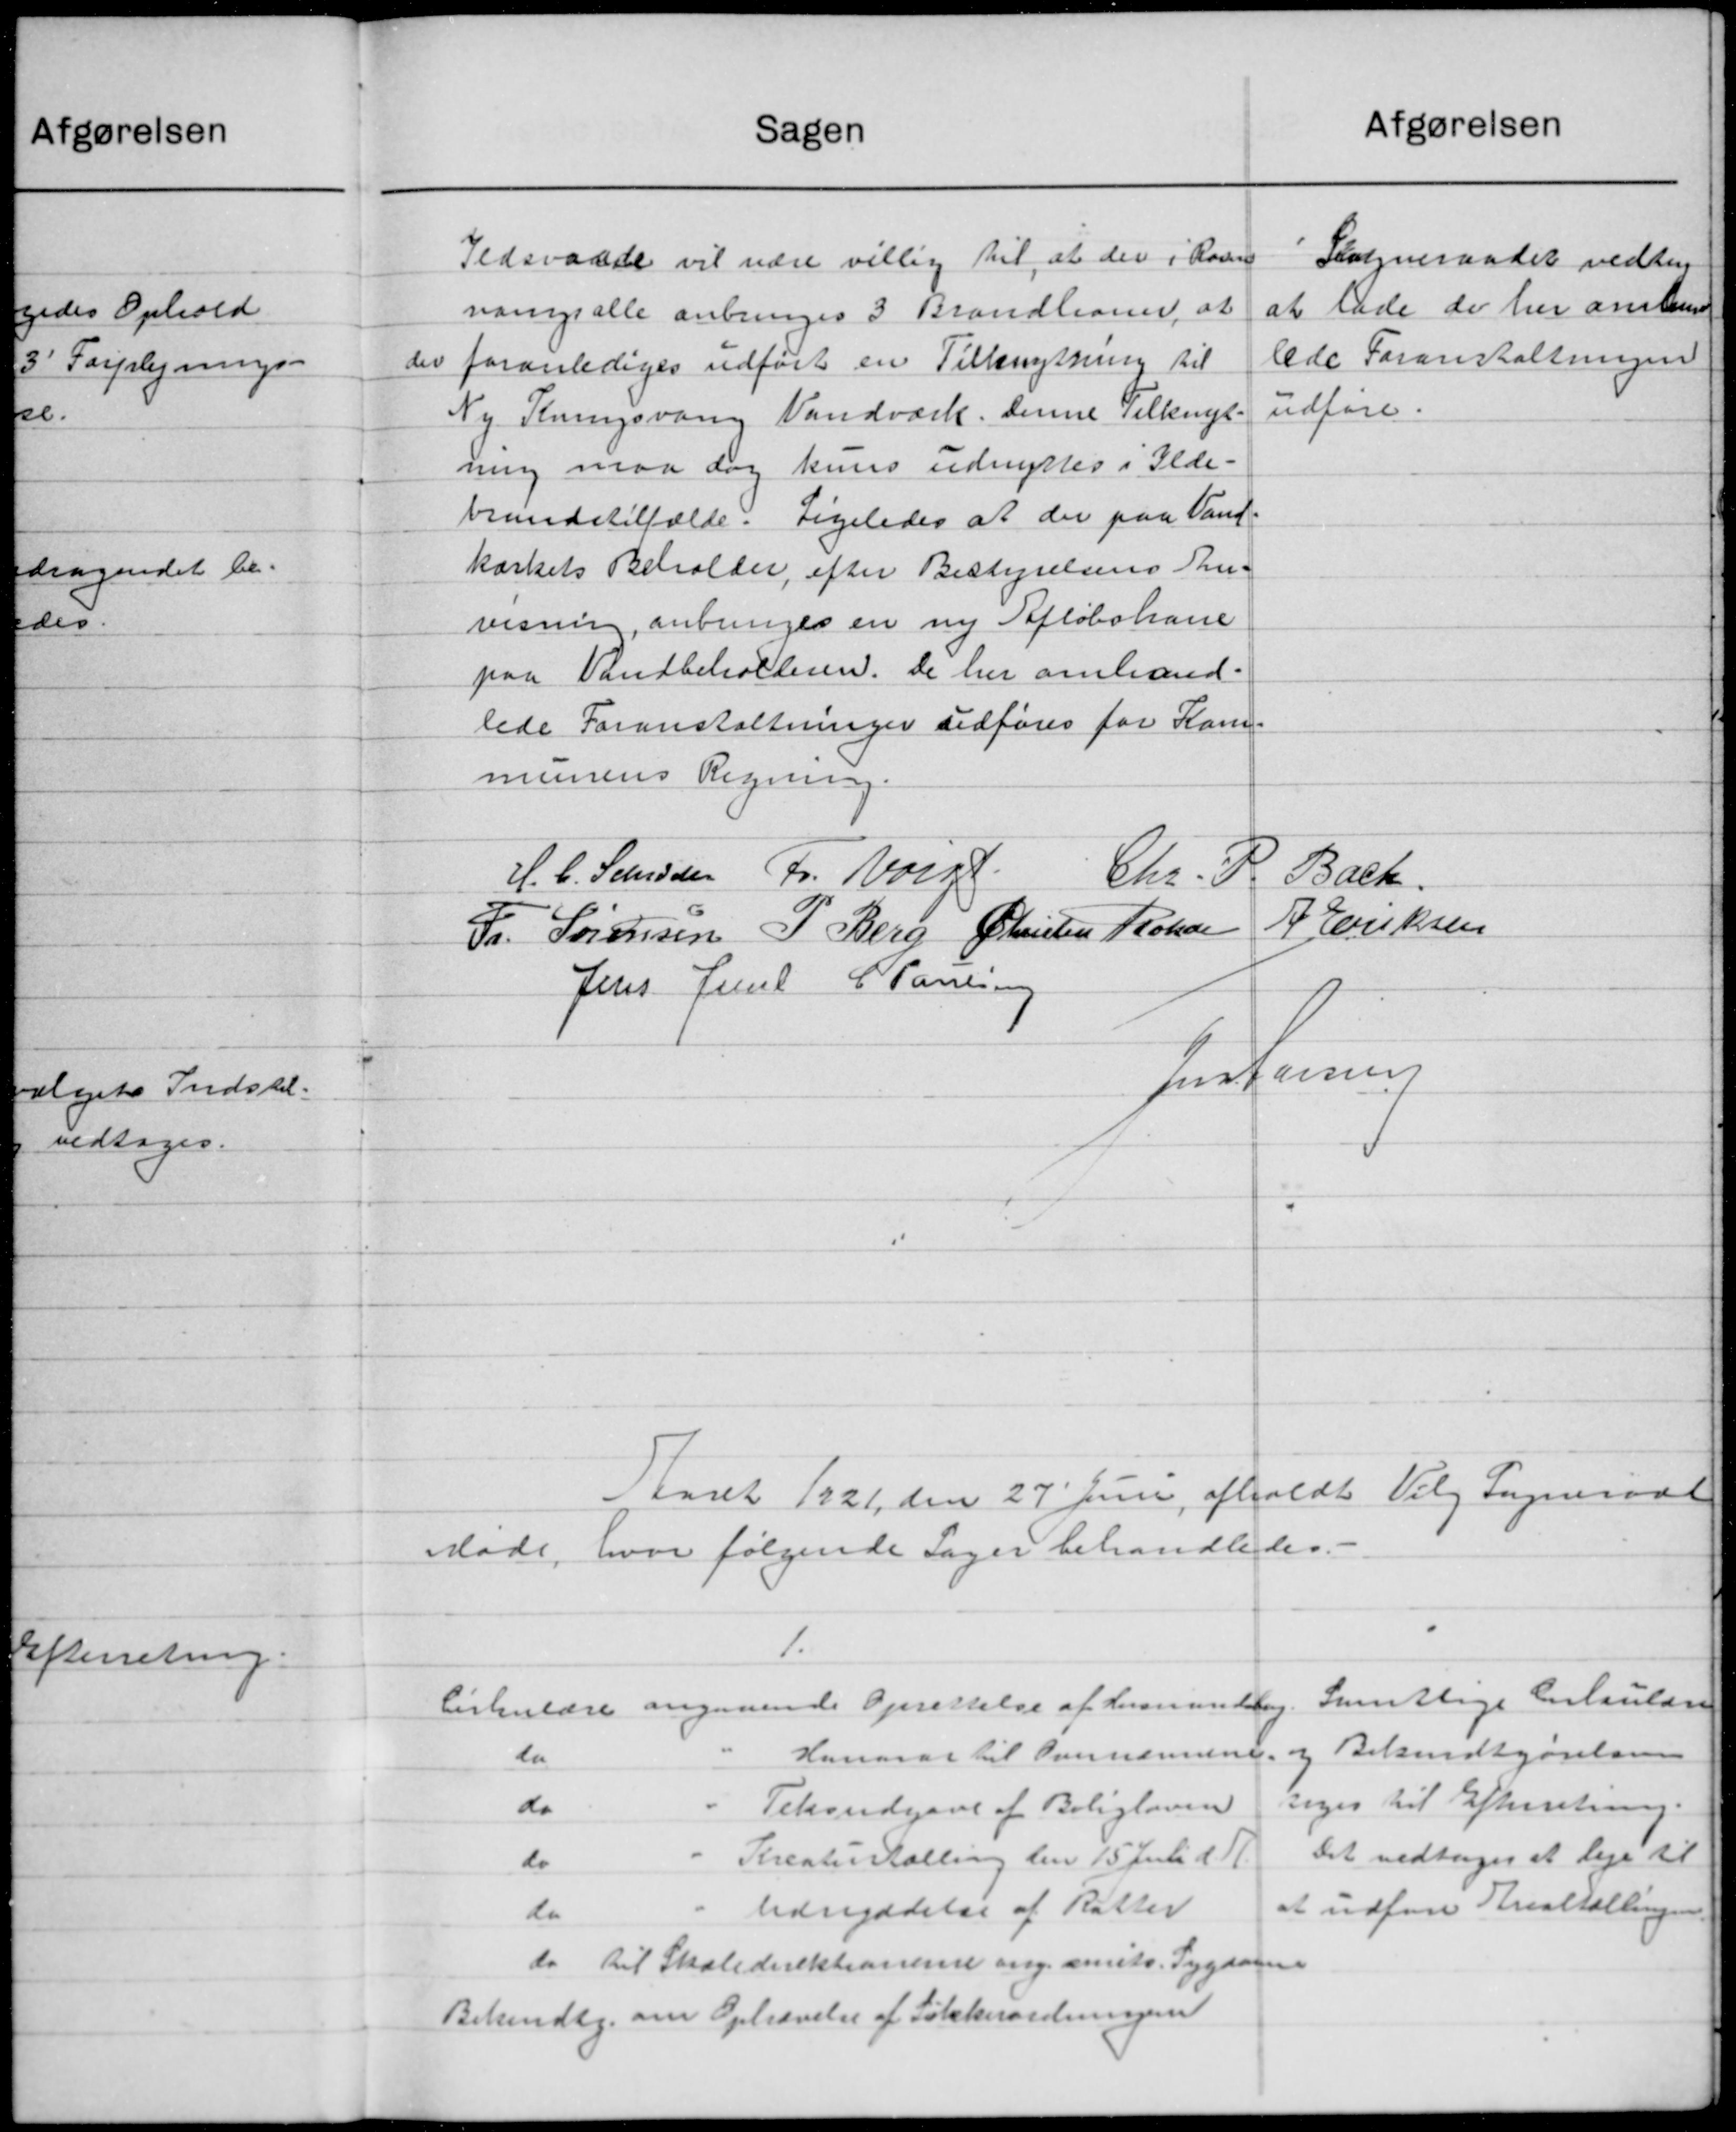
Transskription:
afgørelsen
Sagen
Tedsraade vil være villig til, at der i Rosen
Sogneraadet vedtog
at lade de her ansken
vangs alle anbringes 3 Brandtioner at
lede Foranstaltningen
foranlediges udført en Tilknytning til
udføre.
Ny Rningsvang Vandværk. denne Tilkugt.
ning maa dog kuns udnyttes i Ilde-
brandstilfælde. Ligeledes at der paa Vand-
kærkets Beholder, efter Bestyrelsens An-
visning anbringes en ny Afløbshane
paa Vandbeholderen. De her omhand-
lede Foranstaltninger udføres for Kom-
munens Regning.
H. C. Svendsen Fr. Norg
Bach.
Chr. S
J Eriksen
Fr. Sørensen P. Berg Christen Rohde
Jens Juul C. Poulsen
Jens Larsen
Aaret 1921 den 27' Juni afholdt Valg Sogneraad
Møde, hvor følgende Sager behandledes.
1.
Sventlige Cirkulære
Cirkulære angaaende Oprettelse af Formandelig.
og Bekendtgørelsen
Hanorar til Overnævning.
do
toges til Efterretning.
do
Tekrudgave af Boligloven
Det vedtoges at leje til
Kreaturtælling den 15 Juli d. A.
do
at udføre Arealtællingen
Udryddelse af Ratter
do
do til Skoledirektionerne ang. amits Sygdom
Bekendtg. om Ophævelse af Sikkerordningen